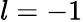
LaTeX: l=-1